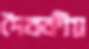
দৈবকীয়